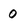
Character: 0